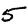
Digit: 5